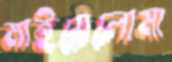
মাইয়েলোমা